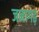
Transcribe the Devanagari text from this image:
जनागढ़